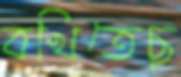
বখিতেছ